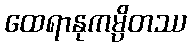
ထေရာနုကမ္ပိတဿ